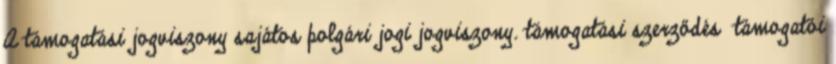
A támogatási jogviszony sajátos polgári jogi jogviszony. támogatási szerződés támogatói